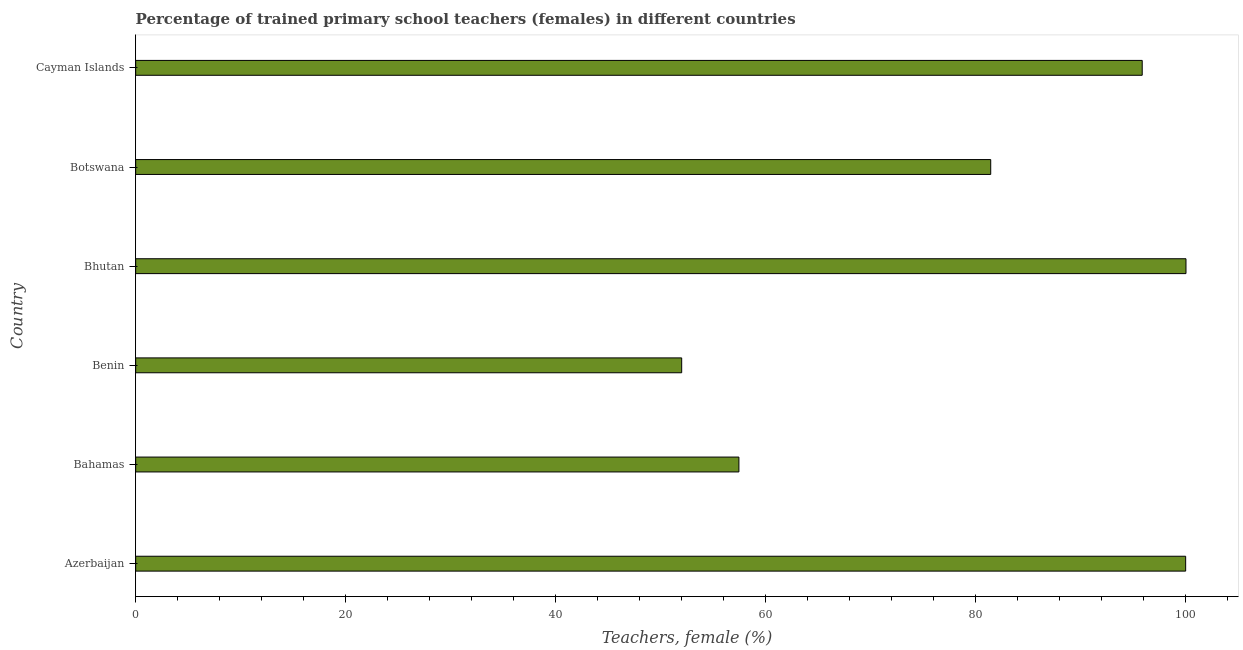
| Country | Trained teachers female |
 | --- | --- |
 | Azerbaijan | 100 |
 | Bahamas | 57.4 |
 | Benin | 52 |
 | Bhutan | 100 |
 | Botswana | 81.4 |
 | Cayman Islands | 95.8 |